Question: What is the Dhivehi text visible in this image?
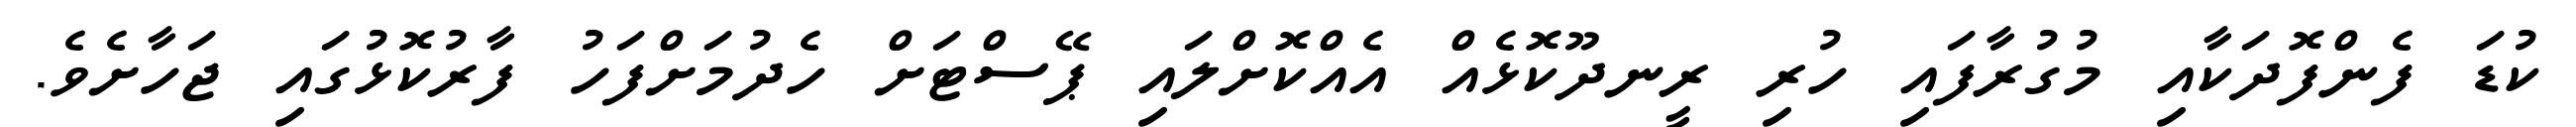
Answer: ކުޑަ ފެންފޮދަކާއި މުގުރާފައި ހުރި ރީނދޫކޮޅެއް އެއްކޮށްލައި ޕޭސްޓަށް ހެދުމަށްފަހު ފާރުކޮޅުގައި ޖަހާށެވެ.